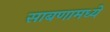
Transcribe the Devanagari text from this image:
साबणामध्ये